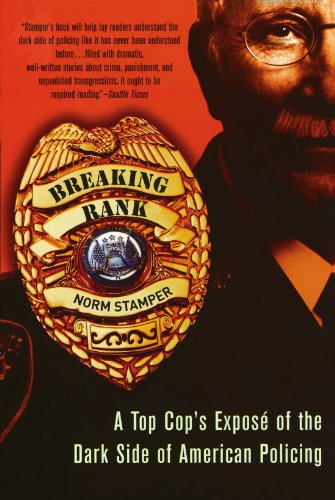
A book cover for Breaking Rank: A Top Cop's ExposÃ© of the Dark Side of American Policing; Norm Stamper; Law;